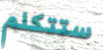
ستتكلم